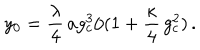
LaTeX: \: y _ { 0 } = \frac { \lambda } { 4 } \, a g _ { c } ^ { 3 } / ( 1 + \frac { \kappa } { 4 } \, g _ { c } ^ { 2 } ) \, . \: